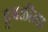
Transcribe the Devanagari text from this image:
हुबळीला